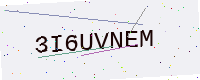
Text: 3I6UVNEM